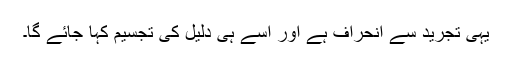
یہی تجرید سے انحراف ہے اور اسے ہی دلیل کی تجسیم کہا جائے گا۔